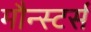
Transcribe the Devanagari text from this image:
मौन्स्टर्स